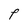
Character: F